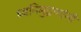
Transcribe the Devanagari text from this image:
ध्वनिमुद्रणांनी